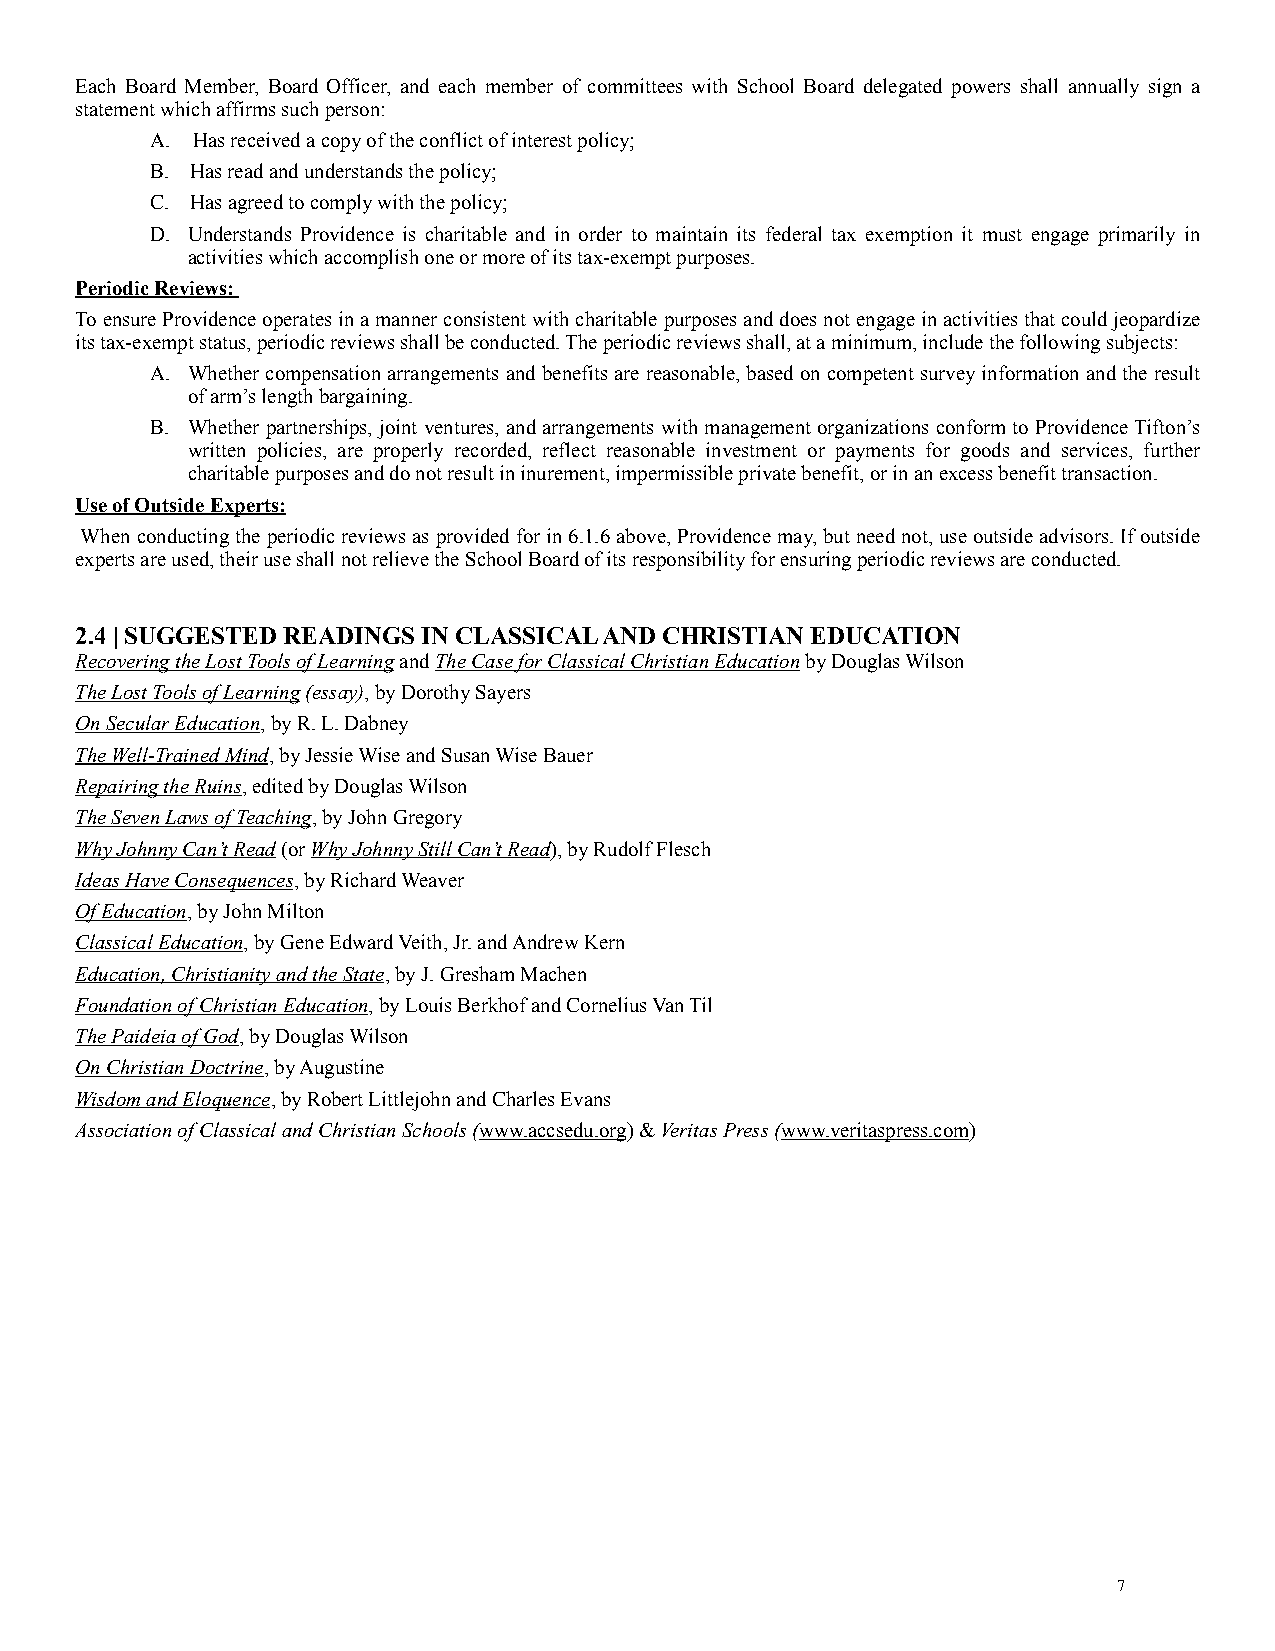
Each Board Member, Board Officer, and each member of committees with School Board delegated powers shall annually sign a
 statement which affirms such person:
 A. Has received a copy of the conflict of interest policy;
 B. Has read and understands the policy;
 C. Has agreed to comply with the policy;
 D. Understands Providence is charitable and in order to maintain its federal tax exemption it must engage primarily in
 activities which accomplish one or more of its tax-exempt purposes.
 Periodic Reviews:
 To ensure Providence operates in a manner consistent with charitable purposes and does not engage in activities that could jeopardize
 its tax-exempt status, periodic reviews shall be conducted. The periodic reviews shall, at a minimum, include the following subjects:
 A. Whether compensation arrangements and benefits are reasonable, based on competent survey information and the result
 of arm’s length bargaining.
 B. Whether partnerships, joint ventures, and arrangements with management organizations conform to Providence Tifton’s
 written policies, are properly recorded, reflect reasonable investment or payments for goods and services, further
 charitable purposes and do not result in inurement, impermissible private benefit, or in an excess benefit transaction.
 Use of Outside Experts:
 When conducting the periodic reviews as provided for in 6.1.6 above, Providence may, but need not, use outside advisors. If outside
 experts are used, their use shall not relieve the School Board of its responsibility for ensuring periodic reviews are conducted.
 2.4 | SUGGESTED READINGS IN CLASSICAL AND CHRISTIAN EDUCATION
 Recovering the Lost Tools of Learning and The Case for Classical Christian Education by Douglas Wilson
 The Lost Tools of Learning (essay), by Dorothy Sayers
 On Secular Education, by R. L. Dabney
 The Well-Trained Mind, by Jessie Wise and Susan Wise Bauer
 Repairing the Ruins, edited by Douglas Wilson
 The Seven Laws of Teaching, by John Gregory
 Why Johnny Can’t Read (or Why Johnny Still Can’t Read), by Rudolf Flesch
 Ideas Have Consequences, by Richard Weaver
 Of Education, by John Milton
 Classical Education, by Gene Edward Veith, Jr. and Andrew Kern
 Education, Christianity and the State, by J. Gresham Machen
 Foundation of Christian Education, by Louis Berkhof and Cornelius Van Til
 The Paideia of God, by Douglas Wilson
 On Christian Doctrine, by Augustine
 Wisdom and Eloquence, by Robert Littlejohn and Charles Evans
 Association of Classical and Christian Schools (www.accsedu.org) & Veritas Press (www.veritaspress.com)
 7